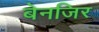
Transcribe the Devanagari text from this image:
बेनजिर